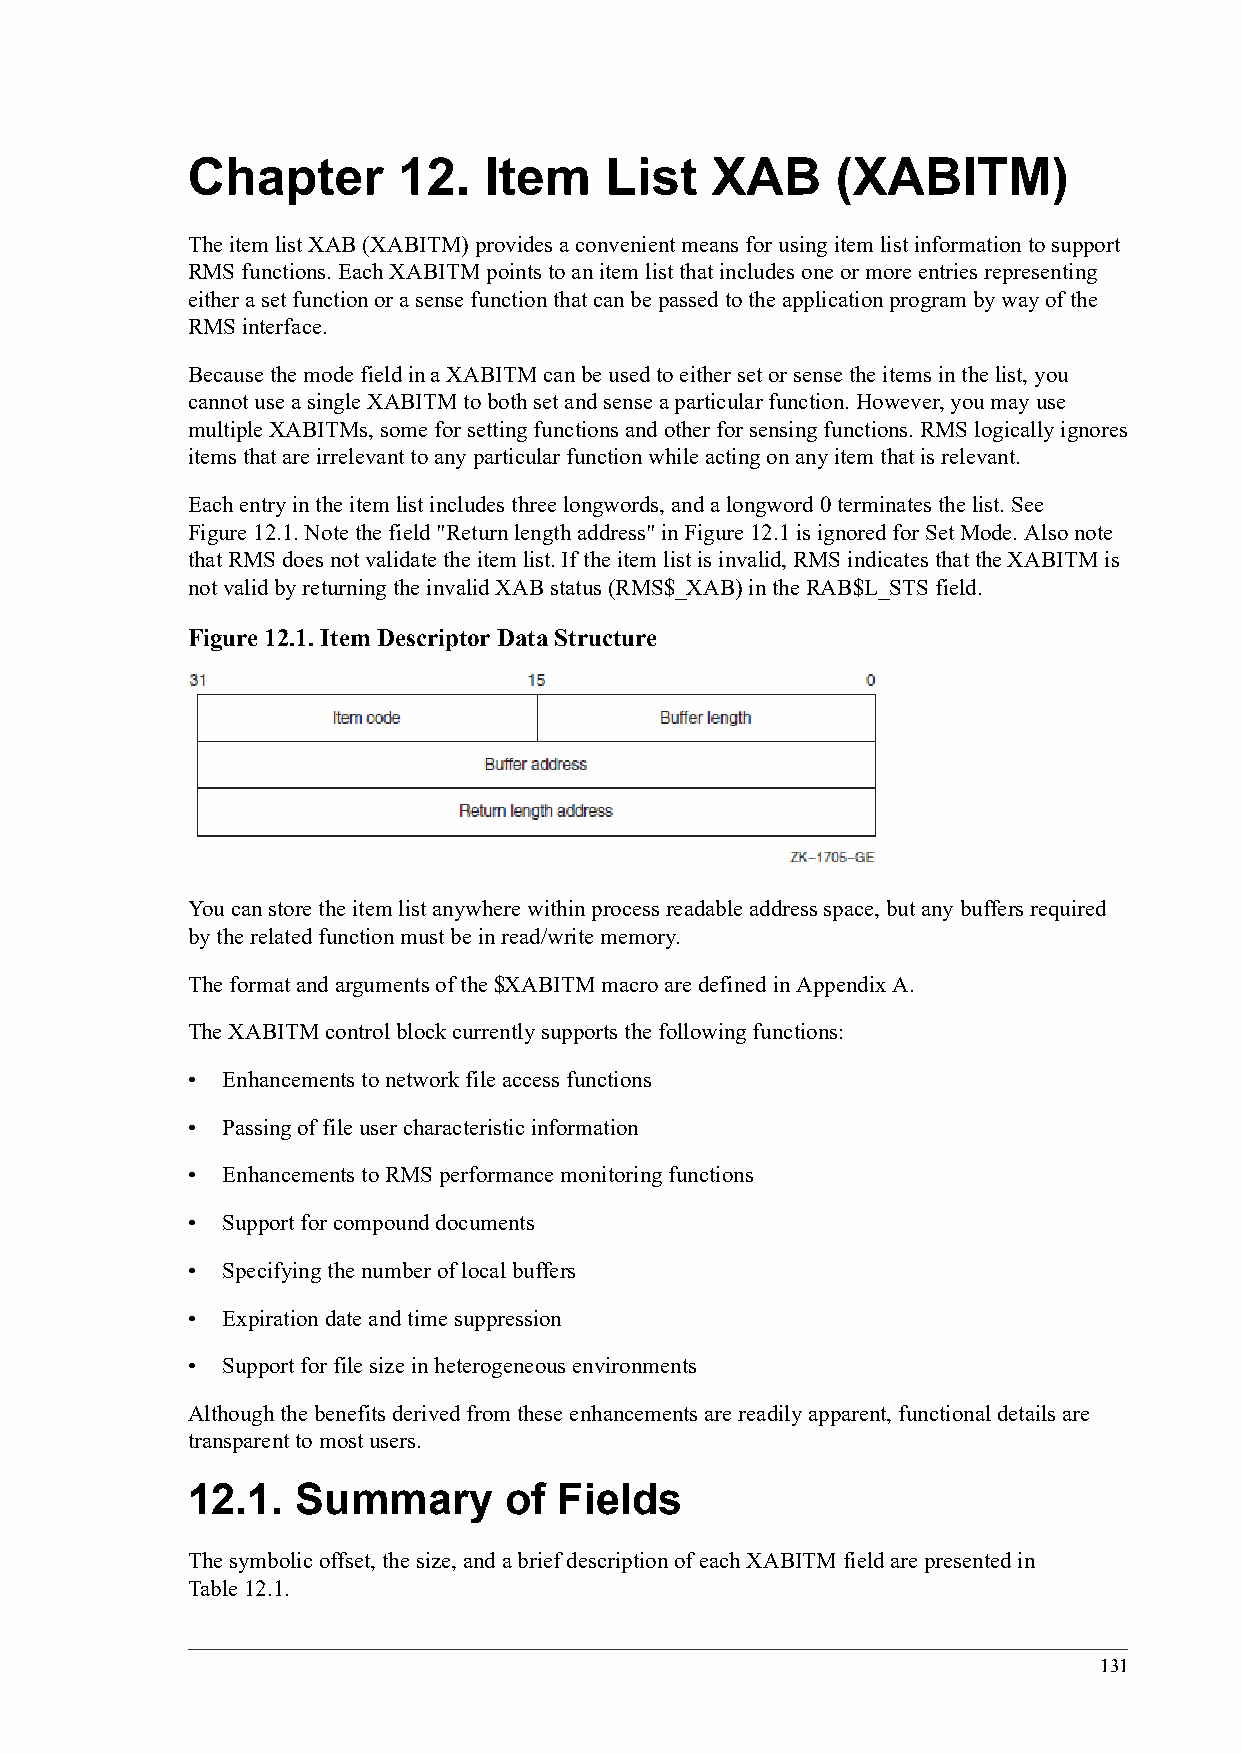
Chapter       12.   Item    List   XAB     (XABITM)
 The item list XAB (XABITM) provides a convenient means for using item list information to support
 RMS functions. Each XABITM points to an item list that includes one or more entries representing
 either a set function or a sense function that can be passed to the application program by way of the
 RMS interface.
 Because the mode field in a XABITM can be used to either set or sense the items in the list, you
 cannot use a single XABITM to both set and sense a particular function. However, you may use
 multiple XABITMs, some for setting functions and other for sensing functions. RMS logically ignores
 items that are irrelevant to any particular function while acting on any item that is relevant.
 Each entry in the item list includes three longwords, and a longword 0 terminates the list. See
 Figure 12.1. Note the field "Return length address" in Figure 12.1 is ignored for Set Mode. Also note
 that RMS does not validate the item list. If the item list is invalid, RMS indicates that the XABITM is
 not valid by returning the invalid XAB status (RMS$_XAB) in the RAB$L_STS field.
 Figure 12.1. Item Descriptor Data Structure
 You can store the item list anywhere within process readable address space, but any buffers required
 by the related function must be in read/write memory.
 The format and arguments of the $XABITM macro are defined in Appendix A.
 The XABITM control block currently supports the following functions:
 •  Enhancements to network file access functions
 •  Passing of file user characteristic information
 •  Enhancements to RMS performance monitoring functions
 •  Support for compound documents
 •  Specifying the number of local buffers
 •  Expiration date and time suppression
 •  Support for file size in heterogeneous environments
 Although the benefits derived from these enhancements are readily apparent, functional details are
 transparent to most users.
 12.1.   Summary      of  Fields
 The symbolic offset, the size, and a brief description of each XABITM field are presented in
 Table 12.1.
 131